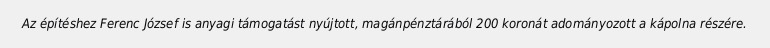
Az építéshez Ferenc József is anyagi támogatást nyújtott, magánpénztárából 200 koronát adományozott a kápolna részére.